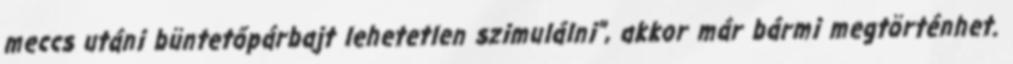
meccs utáni büntetőpárbajt lehetetlen szimulálni", akkor már bármi megtörténhet.